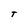
Character: t